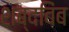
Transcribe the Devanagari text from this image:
शब्दबिंब